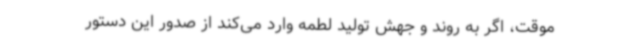
موقت، اگر به روند و جهش تولید لطمه وارد می‌کند از صدور این دستور